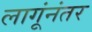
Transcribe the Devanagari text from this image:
लागूंनंतर